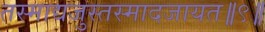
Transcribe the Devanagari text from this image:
तस्माद्यजुस्तस्मादजायत॥९॥